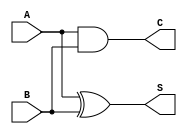

module ha( //Half Adder

input	A, B, // Input Data
output	S, C //S is Sum, C is Carry
);

assign	C = A & B; // AND operation
assign	S = A ^ B; // XOR operation

endmodule

////////////////////////////

module fa( //Full Adder

input	A, B, Cin, // Input Data
output	S, C

);


	wire	S1,S2,C1,C2;
//	wire	S, C;
// instantiation
ha	ha1(
	.A(A),
	.B(B), 
	.S(S1), 
	.C(C1));
ha	ha2(
	.A(Cin), 
	.B(S1), 
	.S(S2), 
	.C(C2));


assign	S = S2;
assign	C = C1 | C2;

endmodule


///////////////////////////////////
module TB;

reg	A,B,Cin;
wire	S,C;

fa	u0(
	.A(A), 
	.B(B), 
	.Cin(Cin), 
	.S(S), 
	.C(C));


initial begin


	A = 0; B = 0; Cin = 0; #10;
	A = 0; B = 0; Cin = 1; #10;
	A = 0; B = 1; Cin = 0; #10;
	A = 0; B = 1; Cin = 1; #10;
	A = 1; B = 0; Cin = 0; #10;
	A = 1; B = 0; Cin = 1; #10;
	A = 1; B = 1; Cin = 0; #10;
	A = 1; B = 1; Cin = 1; #10;
end

initial	begin
$display("A	|	B	|	Cin	|	S	|	C");
$monitor("%b	|	%b	|	%b	|	%b	|	%b",
	A,B,Cin,S,C);
end

initial begin

	$dumpfile("FA.vcd");
	$dumpvars;
	#100
	$finish;
	end



endmodule